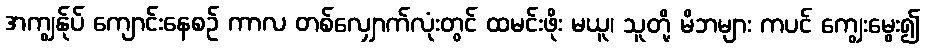
အကျွန်ုပ် ကျောင်းနေစဉ် ကာလ တစ်လျှောက်လုံးတွင် ထမင်းဖိုး မယူ၊ သူတို့ မိဘများ ကပင် ကျွေးမွေး၍